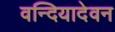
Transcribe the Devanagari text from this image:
वन्दियादेवन